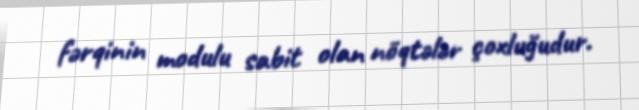
fərqinin modulu sabit olan nöqtələr çoxluğudur.